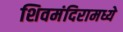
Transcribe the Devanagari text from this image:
शिवमंदिरामध्ये